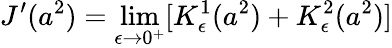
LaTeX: J^{\prime}(a^{2})=\operatorname*{lim}_{\epsilon\to 0^{+}}[K_{\epsilon}^{1}(a^{2})+K_{\epsilon}^{2}(a^{2})]